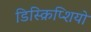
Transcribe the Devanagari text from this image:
डिस्क्रिप्शियो